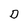
Character: D